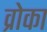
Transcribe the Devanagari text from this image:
व्रोका